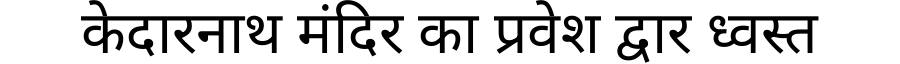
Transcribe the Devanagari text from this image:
केदारनाथ मंदिर का प्रवेश द्वार ध्वस्त